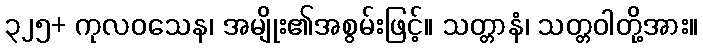
၃၂၅+ ကုလဝသေန၊ အမျိုး၏အစွမ်းဖြင့်။ သတ္တာနံ၊ သတ္တဝါတို့အား။